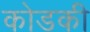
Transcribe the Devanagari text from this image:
कोडकी